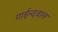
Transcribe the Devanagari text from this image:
गाईन्दवाल